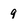
Character: g